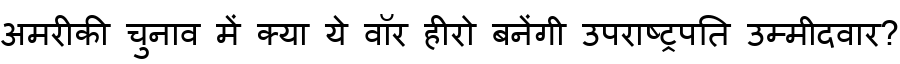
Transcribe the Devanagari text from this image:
अमरीकी चुनाव में क्या ये वॉर हीरो बनेंगी उपराष्ट्रपति उम्मीदवार?